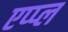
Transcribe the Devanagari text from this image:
एप्‍प्‍ल